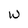
Character: w